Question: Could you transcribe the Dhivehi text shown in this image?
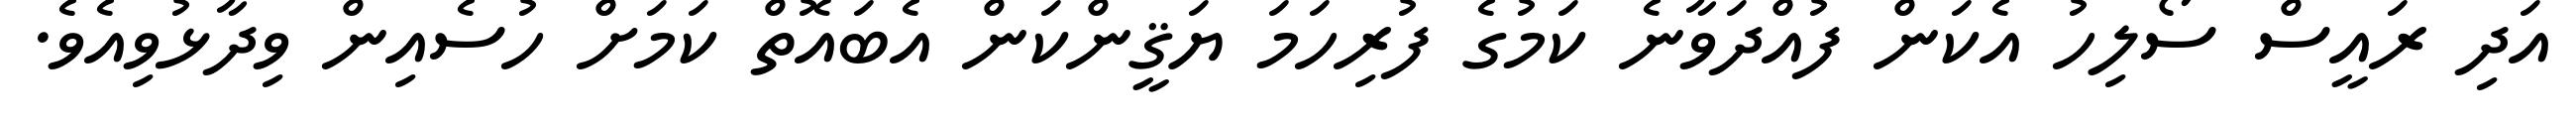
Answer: އަދި ރައީސް ސޯލިހު އެކަން ފުއްދަވާނެ ކަމުގެ ފުރިހަމަ ޔަޤީންކަން އެބައޮތް ކަމަށް ހުސެއިން ވިދާޅުވިއެވެ.